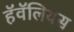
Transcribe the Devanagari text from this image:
हॅवॅलियस